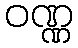
ဝဏ္ဏ